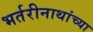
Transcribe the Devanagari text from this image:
भर्तरीनाथांच्या